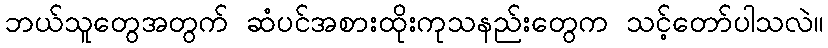
ဘယ်သူတွေအတွက် ဆံပင်အစားထိုးကုသနည်းတွေက သင့်တော်ပါသလဲ။